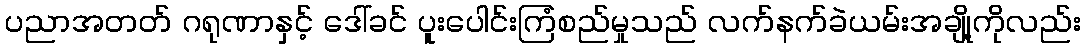
ပညာအတတ် ဂရုဏာနှင့် ဒေါ်ခင် ပူးပေါင်းကြံစည်မှုသည် လက်နက်ခဲယမ်းအချို့ကိုလည်း